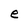
Character: e